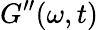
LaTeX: G^{\prime\prime}(\omega,t)